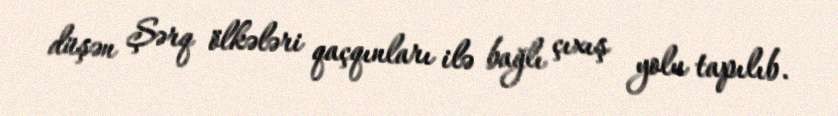
düşən Şərq ölkələri qaçqınları ilə bağlı çıxış yolu tapılıb.